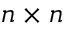
n \times n